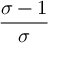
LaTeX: \frac { \sigma - 1 } { \sigma }